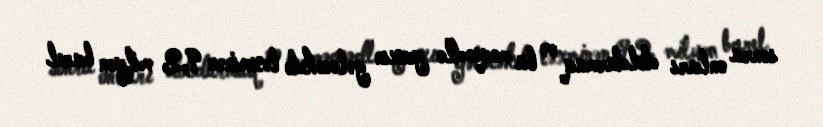
sonra onları doldurmaq və bu məqsədlə yaxın gələcəkdə təxminən 9,2 milyon barel